Indian journal of veterinary science and animal husbandry - Volume 7,
Year: 1937
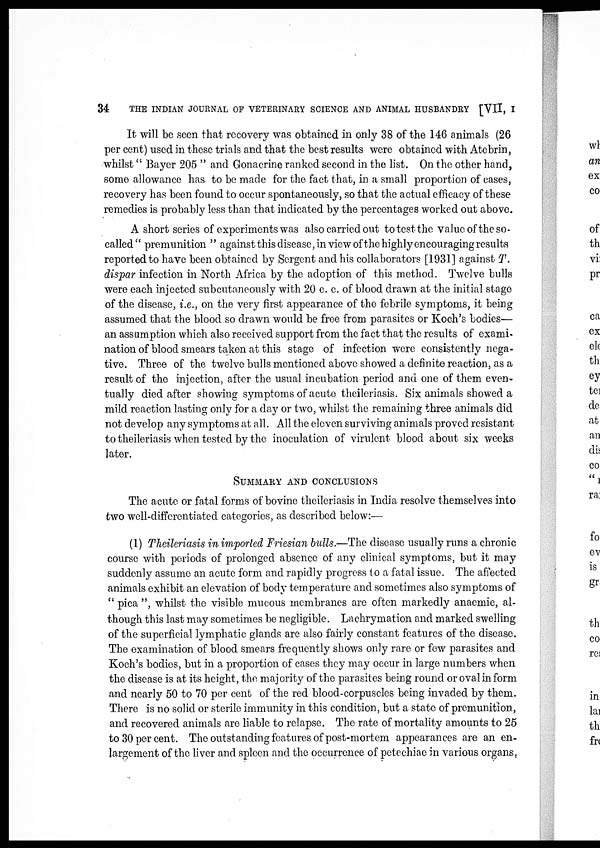
34
THE INDIAN JOURNAL OF VETERINARY SCIENCE AND ANIMAL HUSBANDRY [VII, I
It will be seen that recovery was obtained in only 38 of the 146 animals (26
per cent) used in these trials and that the best results were obtained with Atebrin,
whilst " Bayer 205 " and Gonacrine ranked second in the list. On the other hand,
some allowance has to be made for the fact that, in a small proportion of cases,
recovery has been found to occur spontaneously, so that the actual efficacy of these
remedies is probably less than that indicated by the percentages worked out above.
A short series of experiments was also carried out to test the value of the so-
called" premunition " against this disease, in view of the highly encouraging results
reported to have been obtained by Sergent and his collaborators [1931] against T.
dispar infection in North Africa by the adoption of this method. Twelve bulls
were each injected subcutaneously with 20 c. c. of blood drawn at the initial stage
of the disease, i.e., on the very first appearance of the febrile symptoms, it being
assumed that the blood so drawn would be free from parasites or Koch's bodies—
an assumption which also received support from the fact that the results of exami-
nation of blood smears taken at this stage of infection were consistently nega-
tive. Three of the twelve bulls mentioned above showed a definite reaction, as a
result of the injection, after the usual incubation period and one of them even-
tually died after showing symptoms of acute theileriasis. Six animals showed a
mild reaction lasting only for a day or two, whilst the remaining three animals did
not develop any symptoms at all. All the eleven surviving animals proved resistant
to theileriasis when tested by the inoculation of virulent blood about six weeks
later.
SUMMARY AND CONCLUSIONS
The acute or fatal forms of bovine theileriasis in India resolve themselves into
two well-differentiated categories, as described below :—
(1) Theileriasis in imported Friesian bulls.—The disease usually runs a chronic
course with periods of prolonged absence of any clinical symptoms, but it may
suddenly assume an acute form and rapidly progress to a fatal issue. The affected
animals exhibit an elevation of body temperature and sometimes also symptoms of
" pica ", whilst the visible mucous membranes are often markedly anaemic, al-
though this last may sometimes be negligible. Lachrymation and marked swelling
of the superficial lymphatic glands are also fairly constant features of the disease.
The examination of blood smears frequently shows only rare or few parasites and
Koch's bodies, but in a proportion of cases they may occur in large numbers when
the disease is at its height, the majority of the parasites being round or oval in form
and nearly 50 to 70 per cent of the red blood-corpuscles being invaded by them.
There is no solid or sterile immunity in this condition, but a state of premunition,
and recovered animals are liable to relapse. The rate of mortality amounts to 25
to 30 per cent. The outstanding features of post-mortem appearances are an en-
largement of the liver and spleen and the occurrence of petechiae in various organs.